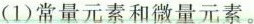
(1)常量元素和微量元素。